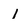
Character: 1